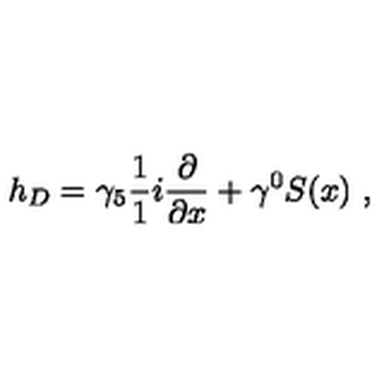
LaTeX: h _ { D } = { \gamma _ { 5 } } \frac { 1 } { 1 } { i } \frac { \partial } { \partial x } + \gamma ^ { 0 } S ( x ) \ ,